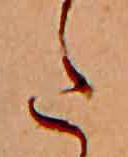
た